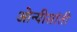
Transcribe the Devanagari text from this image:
ओन्यीसांती